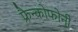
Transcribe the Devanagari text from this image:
फ्रैन्कोफोनी